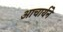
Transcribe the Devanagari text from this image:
आचार्यने